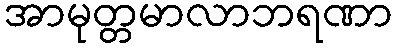
အာမုတ္တမာလာဘရဏာ